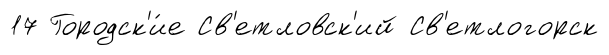
17 Городск'и́е Св'етловск'ий Св'етлогорск